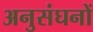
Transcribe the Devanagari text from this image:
अनुसंघनों